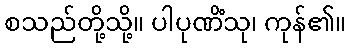
စသည်တို့သို့။ ပါပုဏိံသု၊ ကုန်၏။